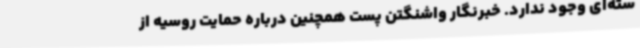
سته‌ای وجود ندارد. خبرنگار واشنگتن پست همچنین درباره حمایت روسیه از